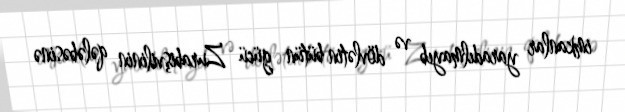
imkanlar yaradılmayıb və dövlətin bütün gücü Zurabişvilinin qələbəsinə